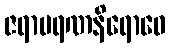
ဇရာမရဏနိရောဓေ